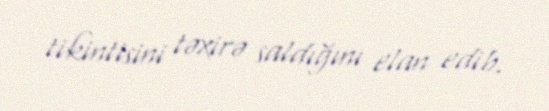
tikintisini təxirə saldığını elan edib.